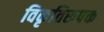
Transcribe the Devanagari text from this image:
विकृतिरूपक